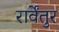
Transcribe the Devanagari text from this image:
रार्वेंतुर